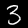
Label: 3